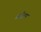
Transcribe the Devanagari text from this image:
लॉरेल्स